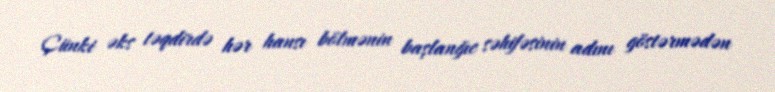
Çünki əks təqdirdə hər hansı bölmənin başlanğıc səhifəsinin adını göstərmədən